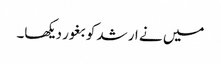
میں نے ارشد کو بغور دیکھا۔